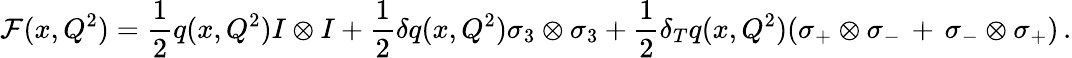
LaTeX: {\cal{F}}(x,Q^{2})=\frac{1}{2}q(x,Q^{2})I\otimes I+\frac{1}{2}\delta q(x,Q^{2})\sigma_{3}\otimes\sigma_{3}+\frac{1}{2}\delta_{T}q(x,Q^{2})(\sigma_{+}\otimes\sigma_{-}\, +\, \sigma_{-}\otimes\sigma_{+})\, .